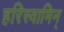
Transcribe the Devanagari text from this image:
हरिस्वामिन्